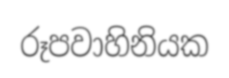
රූපවාහිනියක